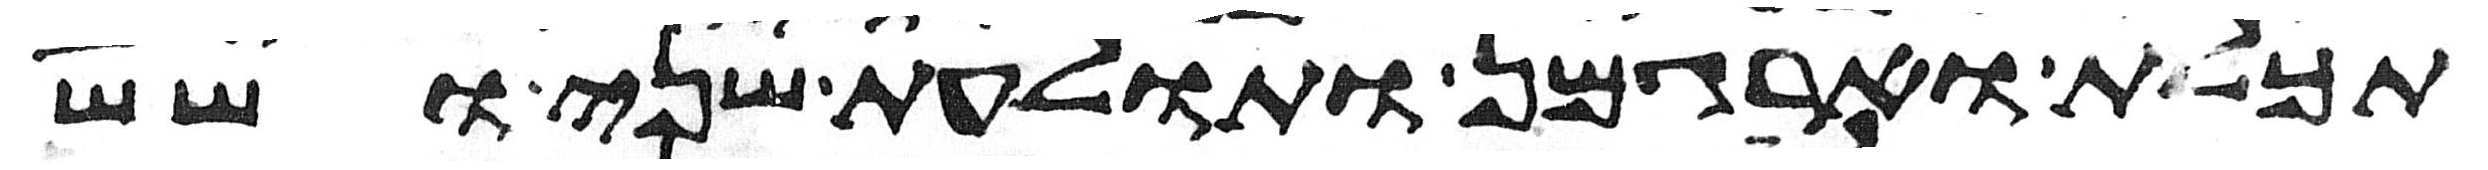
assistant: תכלת וארגמן ותולעת שני ושש